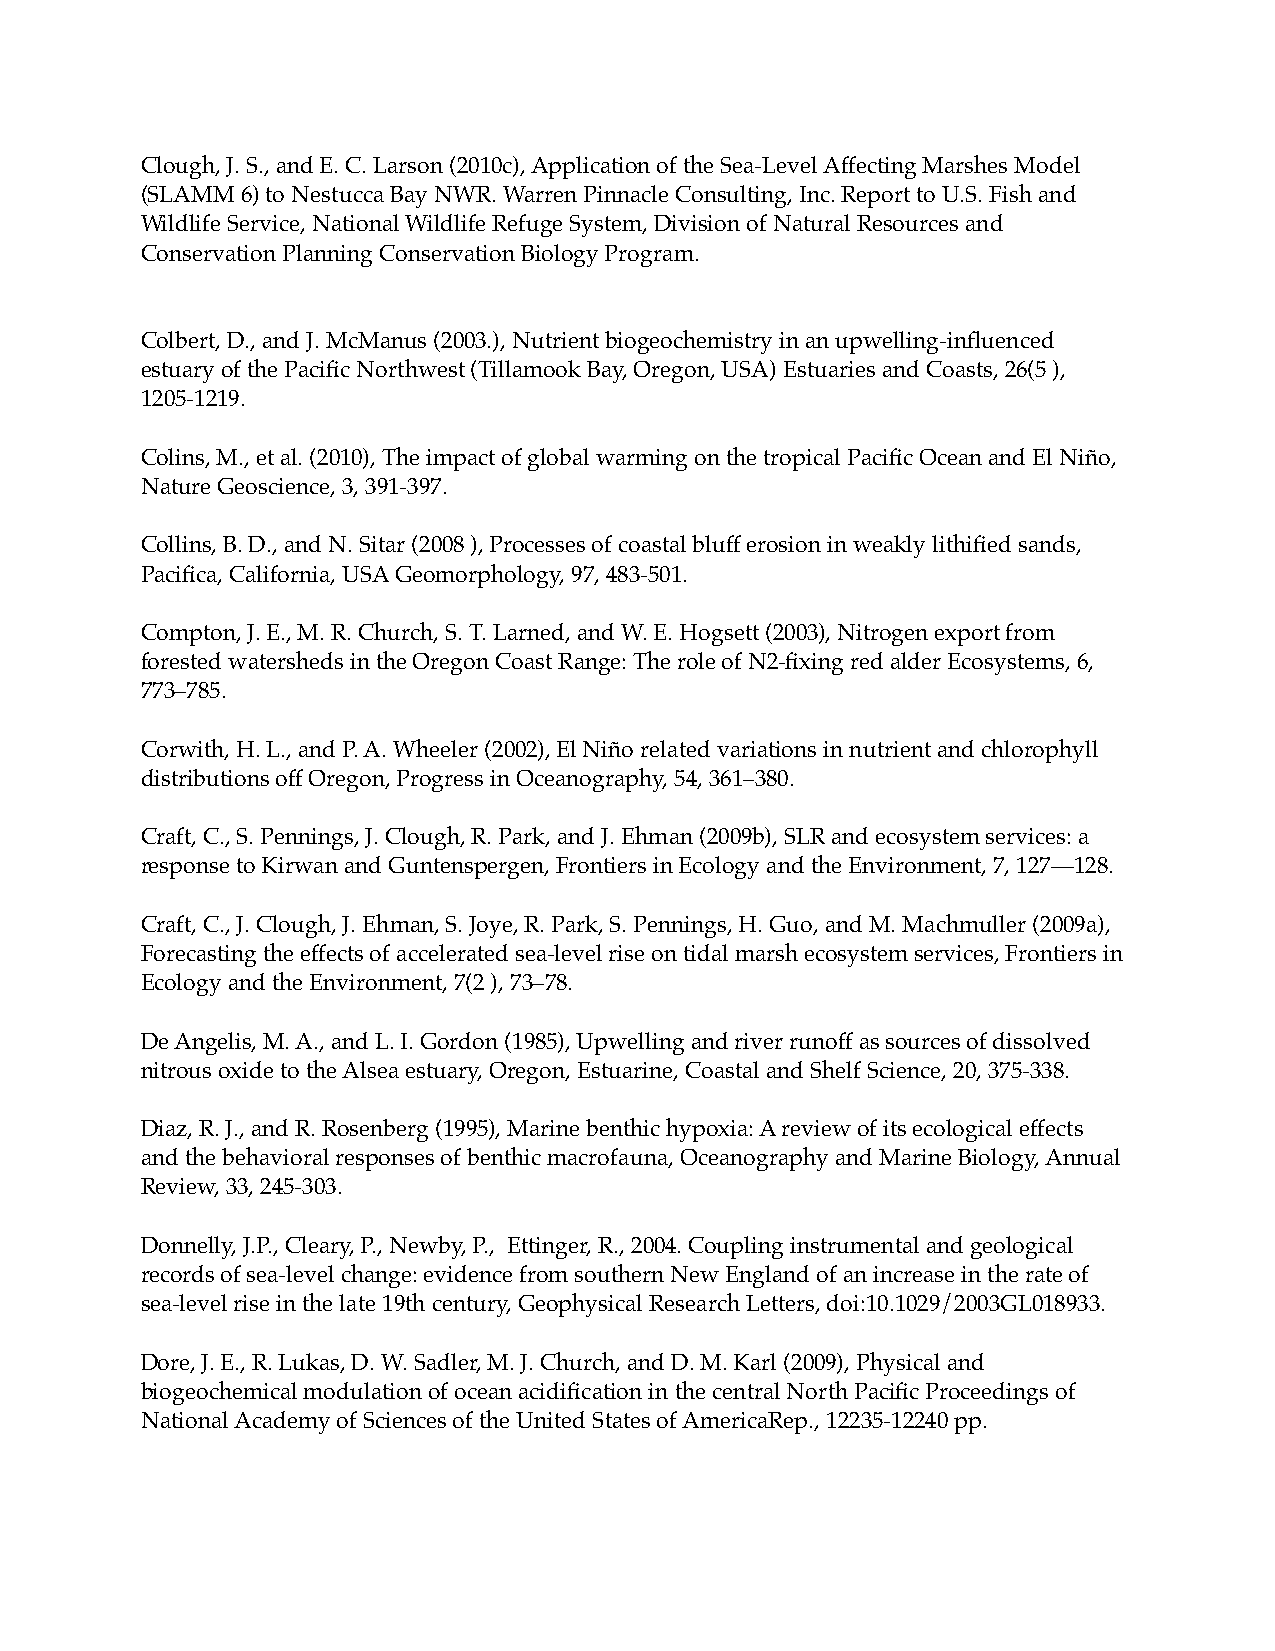
Clough, J. S., and E. C. Larson (2010c), Application of the Sea-Level Affecting Marshes Model
 (SLAMM 6) to Nestucca Bay NWR. Warren Pinnacle Consulting, Inc. Report to U.S. Fish and
 Wildlife Service, National Wildlife Refuge System, Division of Natural Resources and
 Conservation Planning Conservation Biology Program.
 Colbert, D., and J. McManus (2003.), Nutrient biogeochemistry in an upwelling-influenced
 estuary of the Pacific Northwest (Tillamook Bay, Oregon, USA) Estuaries and Coasts, 26(5 ),
 1205-1219.
 Colins, M., et al. (2010), The impact of global warming on the tropical Pacific Ocean and El Niño,
 Nature Geoscience, 3, 391-397.
 Collins, B. D., and N. Sitar (2008 ), Processes of coastal bluff erosion in weakly lithified sands,
 Pacifica, California, USA Geomorphology, 97, 483-501.
 Compton, J. E., M. R. Church, S. T. Larned, and W. E. Hogsett (2003), Nitrogen export from
 forested watersheds in the Oregon Coast Range: The role of N2-fixing red alder Ecosystems, 6,
 773–785.
 Corwith, H. L., and P. A. Wheeler (2002), El Niño related variations in nutrient and chlorophyll
 distributions off Oregon, Progress in Oceanography, 54, 361–380.
 Craft, C., S. Pennings, J. Clough, R. Park, and J. Ehman (2009b), SLR and ecosystem services: a
 response to Kirwan and Guntenspergen, Frontiers in Ecology and the Environment, 7, 127—128.
 Craft, C., J. Clough, J. Ehman, S. Joye, R. Park, S. Pennings, H. Guo, and M. Machmuller (2009a),
 Forecasting the effects of accelerated sea-level rise on tidal marsh ecosystem services, Frontiers in
 Ecology and the Environment, 7(2 ), 73–78.
 De Angelis, M. A., and L. I. Gordon (1985), Upwelling and river runoff as sources of dissolved
 nitrous oxide to the Alsea estuary, Oregon, Estuarine, Coastal and Shelf Science, 20, 375-338.
 Diaz, R. J., and R. Rosenberg (1995), Marine benthic hypoxia: A review of its ecological effects
 and the behavioral responses of benthic macrofauna, Oceanography and Marine Biology, Annual
 Review, 33, 245-303.
 Donnelly, J.P., Cleary, P., Newby, P., Ettinger, R., 2004. Coupling instrumental and geological
 records of sea-level change: evidence from southern New England of an increase in the rate of
 sea-level rise in the late 19th century, Geophysical Research Letters, doi:10.1029/2003GL018933.
 Dore, J. E., R. Lukas, D. W. Sadler, M. J. Church, and D. M. Karl (2009), Physical and
 biogeochemical modulation of ocean acidification in the central North Pacific Proceedings of
 National Academy of Sciences of the United States of AmericaRep., 12235-12240 pp.